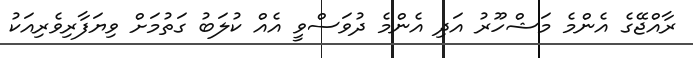
ރާއްޖޭގެ އެންމެ މަޝްހޫރު އަދި އެންމެ ދުވަސްވީ އެއް ކުލަބު ގަތުމަށް ވިޔަފާރިވެރިއަކު